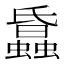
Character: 𧓢